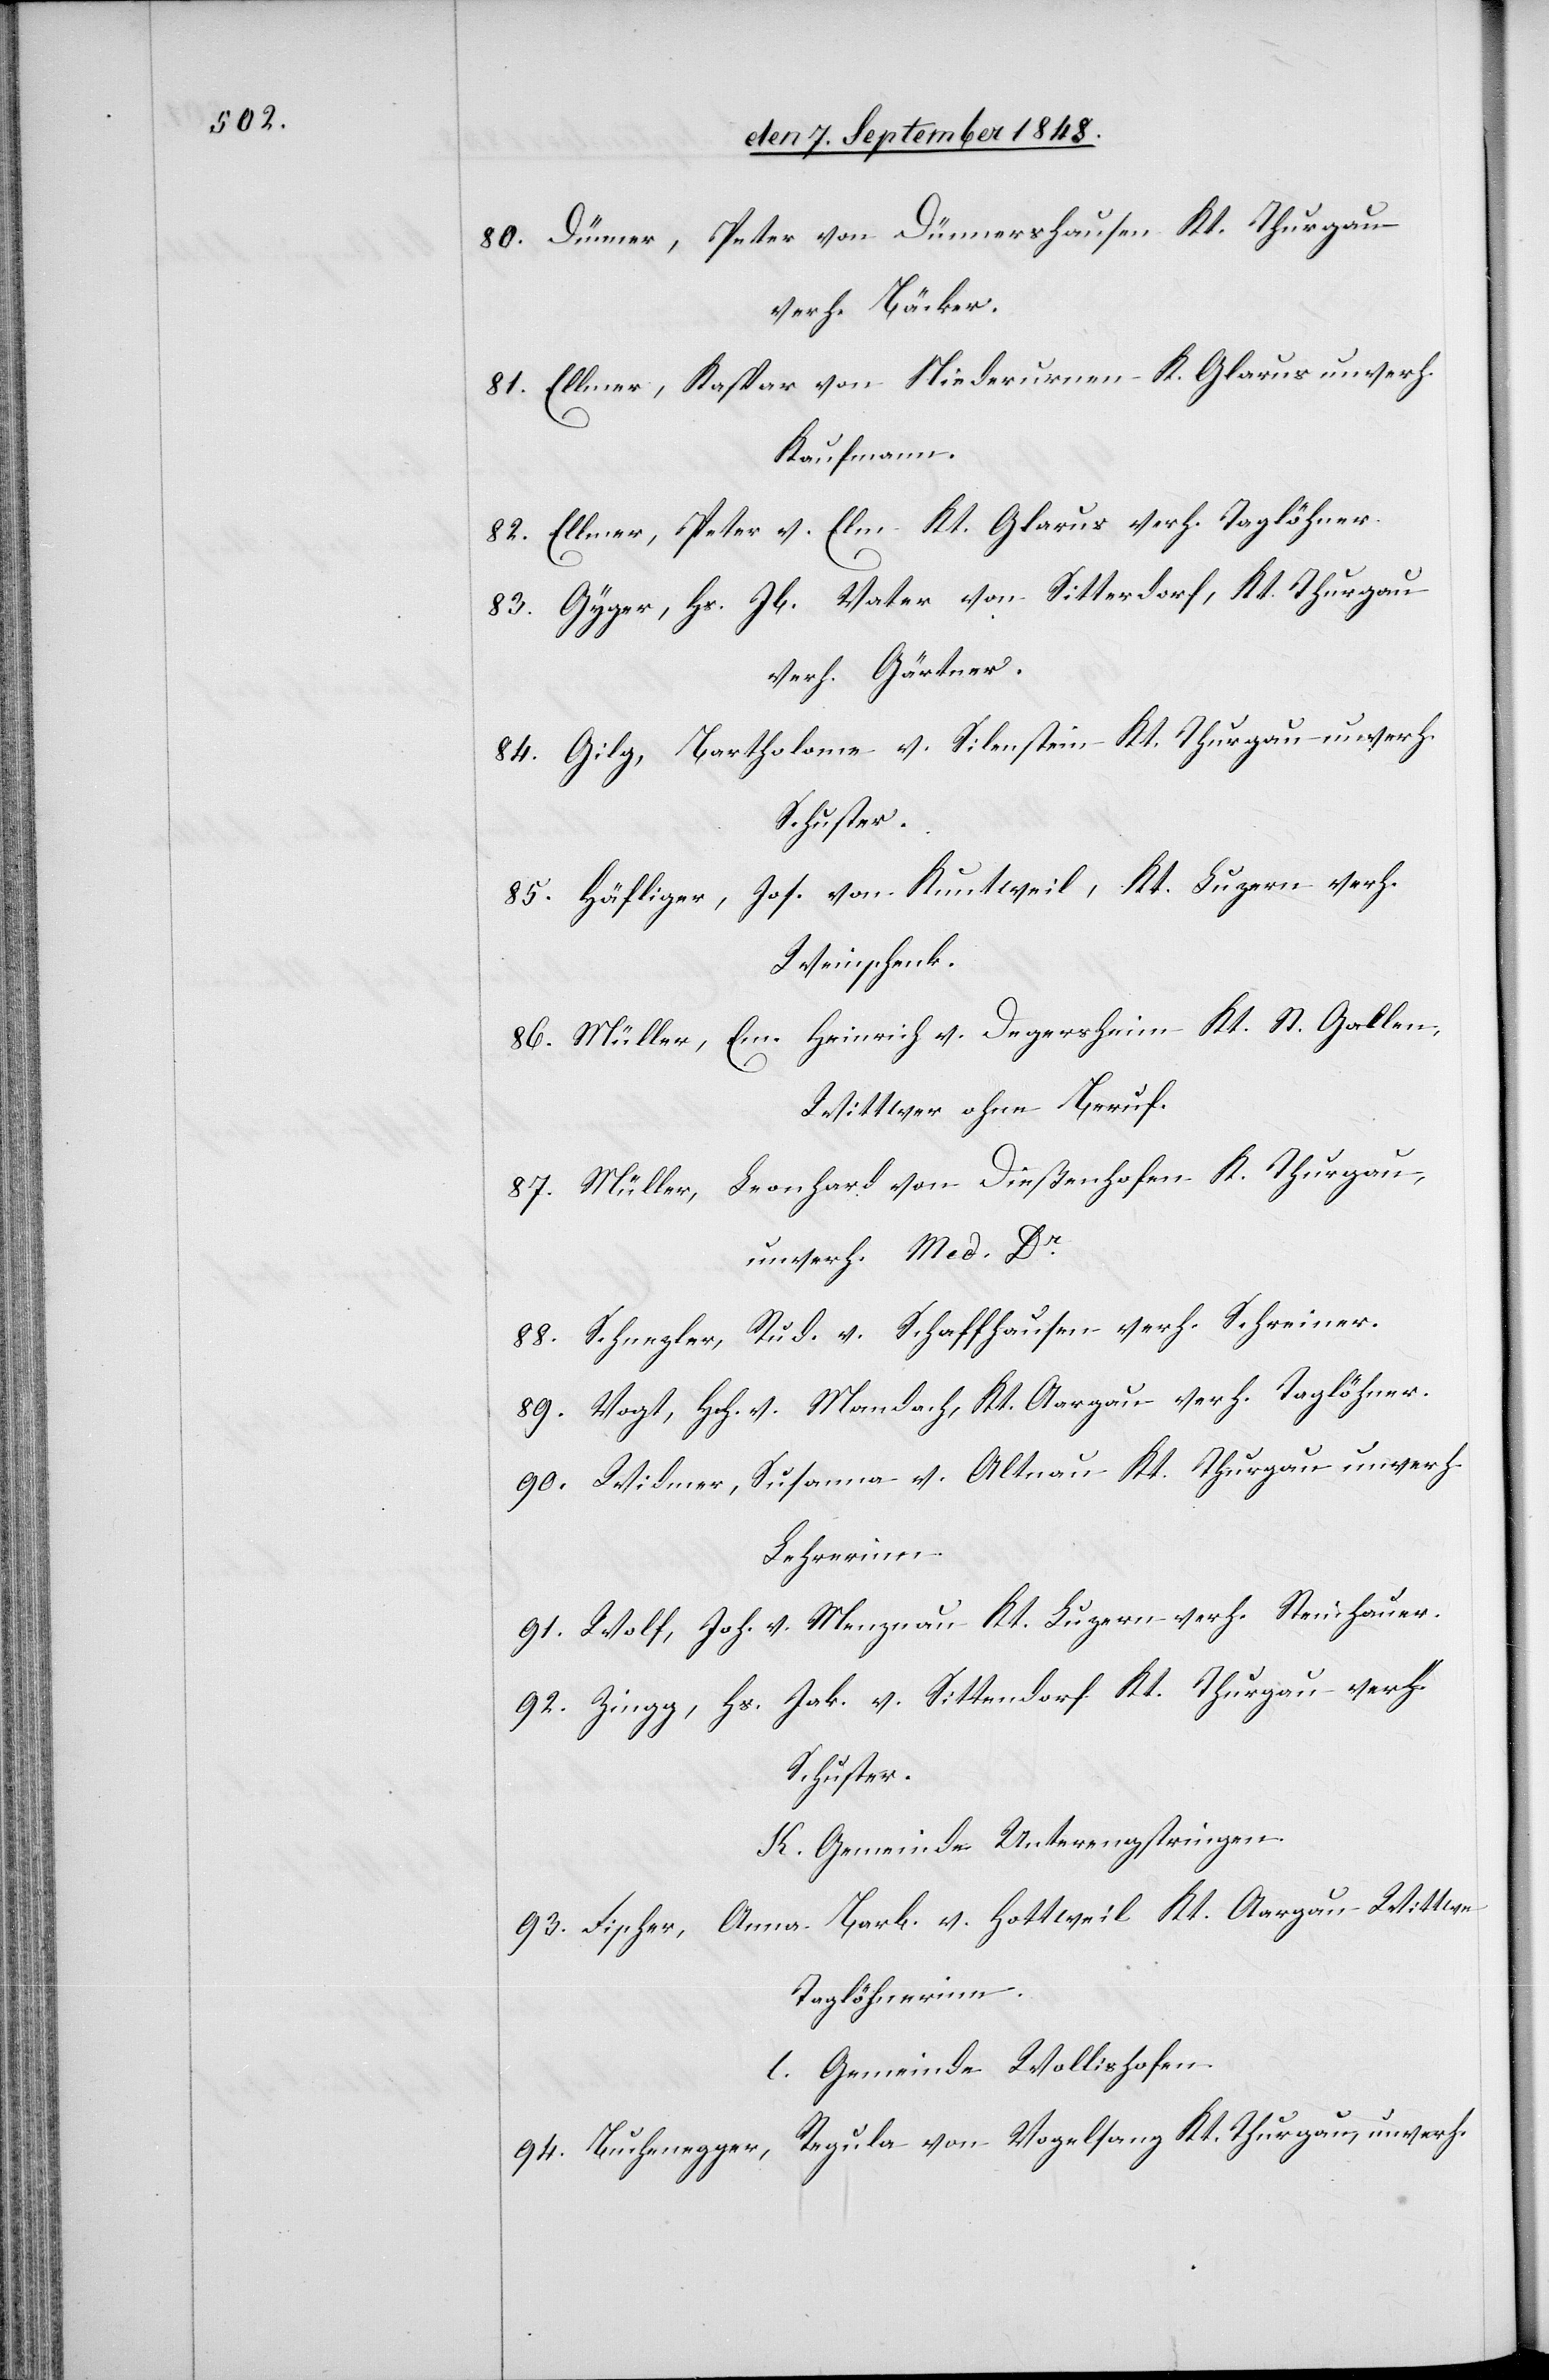
80. Dünner, Peter von Dünnershausen Kt. Thurgau
verh. Bäcker.
81. Elmer, Kaspar von Niederurnen K. Glarus unverh.
Kaufmann.
82. Ellmer, Peter v. Elm Kt. Glarus verh. Taglöhner.
83. Gyger, Hs. Jb. Vater von Sitterdorf, Kt. Thurgau
verh. Gärtner.
84. Gilg, Bartholome v. Silenstein Kt. Thurgau unverh.
Schuster.
85. Häfliger, Jos. von Kuntweil, Kt. Luzern verh.
Weinschenk.
86. Müller, Em. Heinrich v. Degersheim Kt. St. Gallen,
Wittwer ohne Beruf.
87. Müller, Leonhard von Dießenhofen K. Thurgau,
unverh. Med. Dr.
88. Schnezler, Rud. v. Schaffhausen verh. Schreiner.
89. Vogt, Hch. v. Mandach, Kt. Aargau verh. Taglöhner.
90. Widmer, Susanna v. Altnau Kt. tg under.
Lehrerinn.
91. Wolf, Joh. v. Menznau Kt. Luzern verh. Steinhauer.
92. Zingg, Hs. Jak. v. Sittendorf Kt. Thurgau verh.
Schuster.
K. Gemeinde Unterengstringen.
93. Fischer, Anna Barb. v. Hottweil Kt. Aargau Wittwe
Taglöhnerinn.
l. Gemeinde Wollishofen.
94. Buchenegger, Regula von Vogeltanz Kt. Thurgau, unverh.